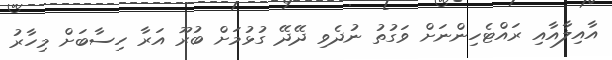
އާއިލާއާއި ރައްޓެހިންނަށް ވަގުތު ނުދެވި ދޭދޭ ގުޅުމަށް ބުރޫ އަރާ ހިސާބަށް މިހާރު